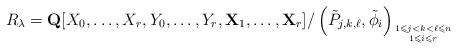
LaTeX: \begin{align*}R_{\lambda}=\mathbf{Q}[X_0,\dots,X_r,Y_0,\dots,Y_r,\mathbf{X}_1,\dots,\mathbf{X}_r]/\left(\tilde{P}_{j,k,\ell},\tilde{\phi}_i\right)_{1\leqslant j<k<\ell\leqslant n\atop 1 \leqslant i \leqslant r}\end{align*}